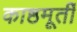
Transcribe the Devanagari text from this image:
काष्ठमूर्ती